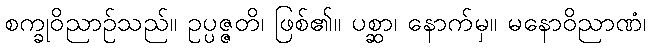
စက္ခုဝိညာဉ်သည်။ ဥပ္ပဇ္ဇတိ၊ ဖြစ်၏။ ပစ္ဆာ၊ နောက်မှ။ မနောဝိညာဏံ၊